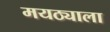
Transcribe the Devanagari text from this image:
मयठ्याला